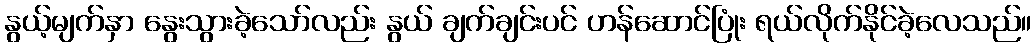
နွယ့်မျက်နှာ နွေးသွားခဲ့သော်လည်း နွယ် ချက်ချင်းပင် ဟန်ဆောင်ပြုံး ရယ်လိုက်နိုင်ခဲ့လေသည်။